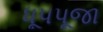
ધૂપપૂજા